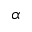
\alpha